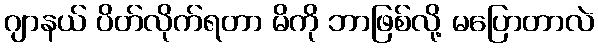
ဂျာနယ် ပိတ်လိုက်ရတာ မိကို ဘာဖြစ်လို့ မပြောတာလဲ